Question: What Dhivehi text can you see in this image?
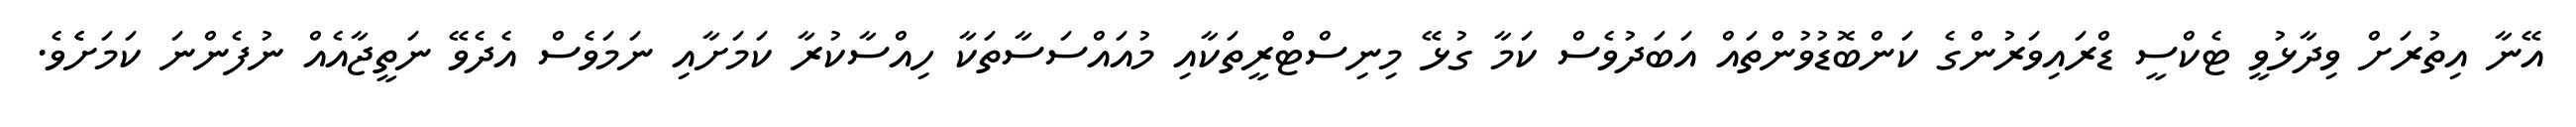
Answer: އޭނާ އިތުރަށް ވިދާޅުވީ ޓެކްސީ ޑްރައިވަރުންގެ ކަންބޮޑުވުންތައް އަބަދުވެސް ކަމާ ގުޅޭ މިނިސްޓްރީތަކާއި މުއައްސަސާތަކާ ހިއްސާކުރާ ކަމަށާއި ނަމަވެސް އެދެވޭ ނަތީޖާއެއް ނުފެންނަ ކަމަށެެވެ.